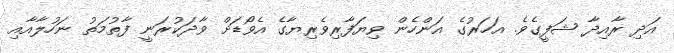
އަދި ރާއިދާ ޝަފީގެވެ. އަހަރުގެ އަންހެން ވިޔަފާރިވެރިޔާގެ އެވޯޑަށް ވާދަކުރަނީ ފާތުމަތު ނަހުލާއާއި